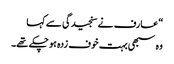
“ عارف نے سنجیدگی سے کہا
وہ سبھی بہت خوف زدہ ہو چکے تھے۔